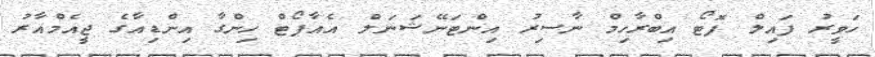
ހަވީރު ފައިލް ފޮޓޯ އިބްރާހިމް ނާސިރު އިންޓަނޭޝަނަލް އެއާޕޯޓް ހިންގާ އިންޑިއާގެ ޖީއެމްއާރު